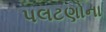
પલટણોના